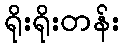
ရိုးရိုးတန်း